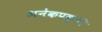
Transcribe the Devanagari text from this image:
अनेकपक्षी